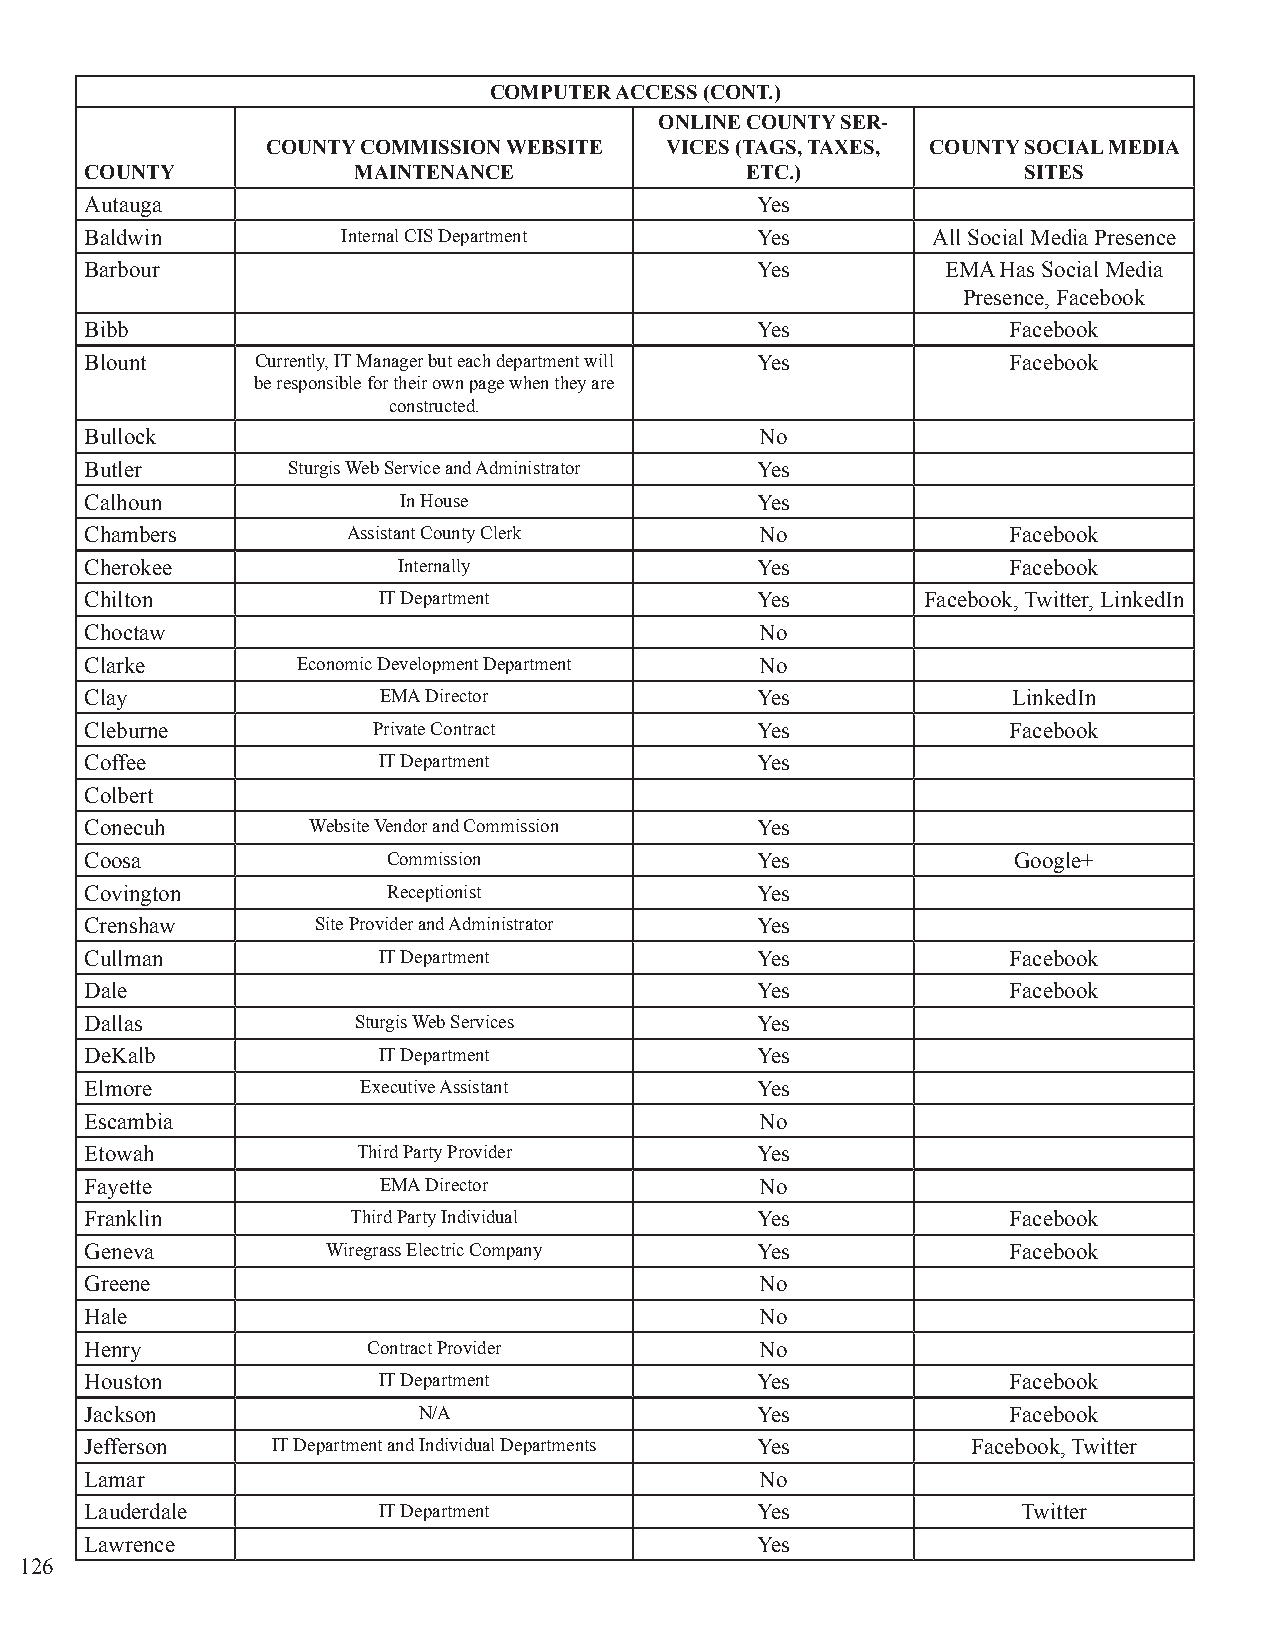
COMPUTER ACCESS (CONT.)
 ONLINE COUNTY SER-
 COUNTY COMMISSION WEBSITE VICES (TAGS, TAXES, COUNTY SOCIAL MEDIA
 COUNTY           MAINTENANCE               ETC.)              SITES
 Autauga                                     Yes
 Baldwin          Internal CIS Department    Yes         All Social Media Presence
 Barbour                                     Yes          EMA Has Social Media
 Presence, Facebook
 Bibb                                        Yes              Facebook
 Blount     Currently, IT Manager but each department will Yes Facebook
 be responsible for their own page when they are
 constructed.
 Bullock                                     No
 Butler       Sturgis Web Service and Administrator Yes
 Calhoun             In House                Yes
 Chambers         Assistant County Clerk     No               Facebook
 Cherokee            Internally              Yes              Facebook
 Chilton            IT Department            Yes        Facebook, Twitter, LinkedIn
 Choctaw                                     No
 Clarke        Economic Development Department No
 Clay               EMA Director             Yes              LinkedIn
 Cleburne           Private Contract         Yes              Facebook
 Coffee             IT Department            Yes
 Colbert
 Conecuh       Website Vendor and Commission Yes
 Coosa               Commission              Yes              Google+
 Covington           Receptionist            Yes
 Crenshaw       Site Provider and Administrator Yes
 Cullman            IT Department            Yes              Facebook
 Dale                                        Yes              Facebook
 Dallas           Sturgis Web Services       Yes
 DeKalb             IT Department            Yes
 Elmore            Executive Assistant       Yes
 Escambia                                    No
 Etowah            Third Party Provider      Yes
 Fayette            EMA Director             No
 Franklin         Third Party Individual     Yes              Facebook
 Geneva          Wiregrass Electric Company  Yes              Facebook
 Greene                                      No
 Hale                                        No
 Henry             Contract Provider         No
 Houston            IT Department            Yes              Facebook
 Jackson               N/A                   Yes              Facebook
 Jefferson   IT Department and Individual Departments Yes  Facebook, Twitter
 Lamar                                       No
 Lauderdale         IT Department            Yes               Twitter
 Lawrence                                    Yes
 126